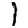
Digit: 1